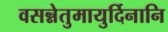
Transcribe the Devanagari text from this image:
वसन्नेतुमायुर्दिनानि